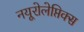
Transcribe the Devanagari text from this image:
नयूरोलेप्तिक्स